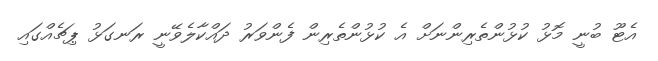
އެޓޫ ބުނީ މޮޅު ކުޅުންތެރިންނަށް އެ ކުޅުންތެރިން ފެންވަރު ދައްކާލެވޭނީ ރަނގަޅު ޕިޗެއްގައި